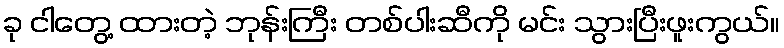
ခု ငါတွေ့ ထားတဲ့ ဘုန်းကြီး တစ်ပါးဆီကို မင်း သွားပြီးဖူးကွယ်။